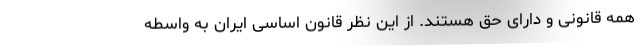
همه قانونی و دارای حق هستند. از این نظر قانون اساسی ایران به واسطه